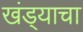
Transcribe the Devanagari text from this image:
खंड्याचा